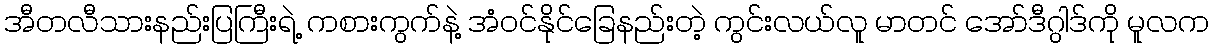
အီတလီသားနည်းပြကြီးရဲ့ ကစားကွက်နဲ့ အံဝင်နိုင်ခြေနည်းတဲ့ ကွင်းလယ်လူ မာတင် အော်ဒီဂွါဒ်ကို မူလက